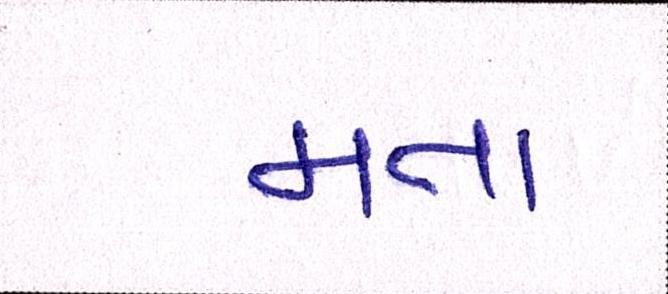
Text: મતા